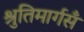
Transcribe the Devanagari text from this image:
श्रुतिमार्गसँ